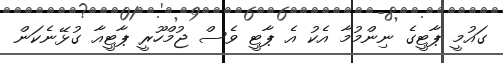
ގައުމީ ޕާޓީގެ ނިންމުމާ އެކު އެ ޕާޓީ ވެސް ޖުމްހޫރީ ޕާޓީއާ ގުޅޭނެކަން